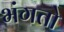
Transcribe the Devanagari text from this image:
भंगतो